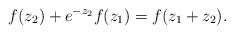
LaTeX: \begin{align*} f(z_2)+ e^{-z_2} f(z_1) = f(z_1+z_2). \end{align*}